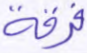
فرقة